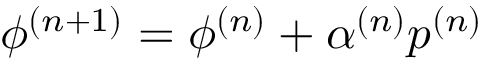
\phi ^ { ( n + 1 ) } = \phi ^ { ( n ) } + \alpha ^ { ( n ) } p ^ { ( n ) }